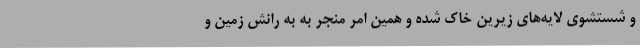
و شستشوی لایه‌های زیرین خاک شده و همین امر منجر به به رانش زمین و